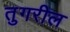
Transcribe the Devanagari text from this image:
तुगरील